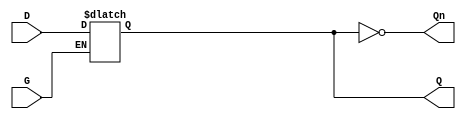
module GatedDLatch (
    input wire D,    // Data input
    input wire G,    // Gating control signal
    output reg Q,    // Output that holds the stored value
    output wire Qn   // Complementary output
);

// Complementary output
assign Qn = ~Q;

// Always block to implement the latch behavior
always @ (D or G) begin
    if (G) begin
        Q <= D;  // When G is high, Q follows D
    end
    // When G is low, Q retains its value (holds)
end

endmodule